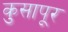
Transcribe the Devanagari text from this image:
कुसापूर